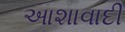
આશાવાદી